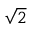
\sqrt { 2 }